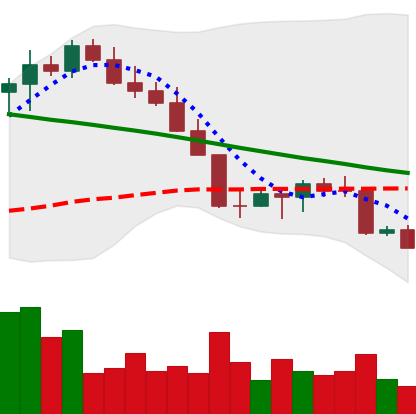
Ticker: LINK-USD
Chart end date: 2022-08-28
Forward return: 10.53%
Label: up_7plus